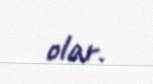
olar.